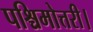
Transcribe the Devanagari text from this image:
पश्चिमोत्तरी।